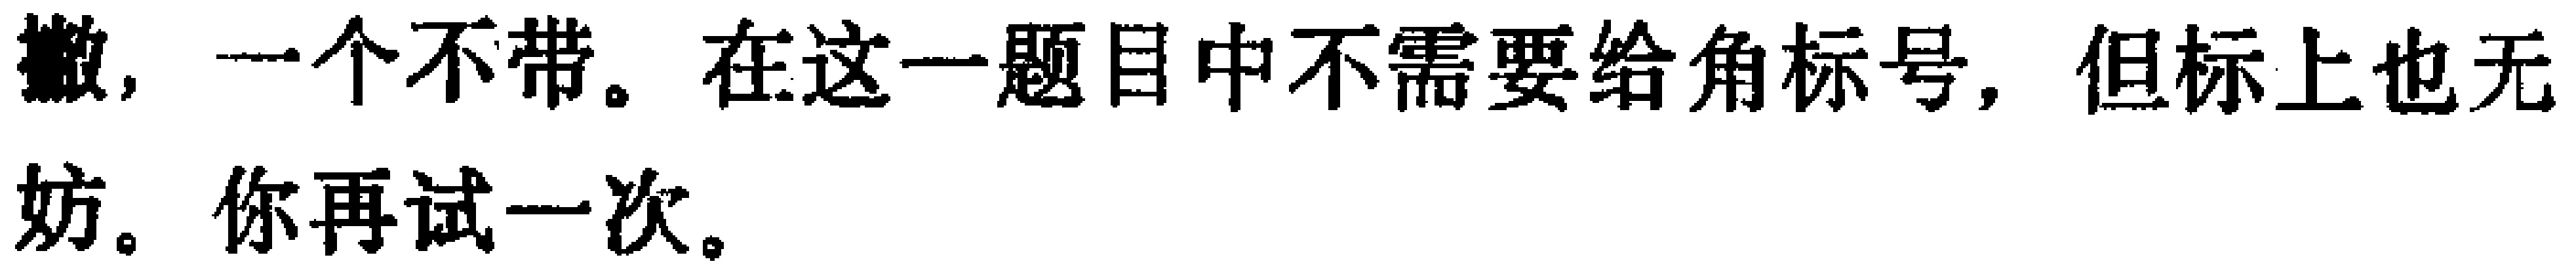
撤，一个不带。在这一题目中不需要给角标号，但标上也无妨。你再试一次。